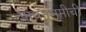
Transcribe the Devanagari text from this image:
पावनभूमीची